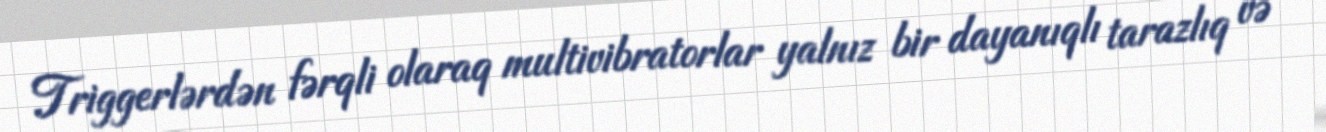
Triggerlərdən fərqli olaraq multivibratorlar yalnız bir dayanıqlı tarazlıq və